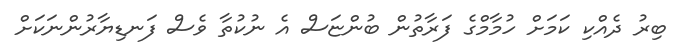
ބިރު ދެއްކި ކަމަށް ހުމާމްގެ ފަރާތުން ބުންޏަސް އެ ނުކުތާ ވެސް ފަނޑިޔާރުންނަކަށް